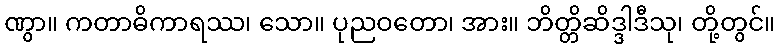
ဏွာ။ ကတာဓိကာရဿ၊ သော။ ပုညဝတော၊ အား။ ဘိတ္တိဆိဒ္ဒါဒီသု၊ တို့တွင်။